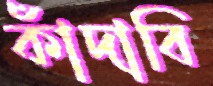
কাঁদাবি